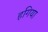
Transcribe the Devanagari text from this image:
हगिया